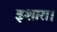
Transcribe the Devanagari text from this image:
इशारा।